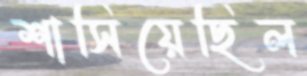
শাসিয়েছিল